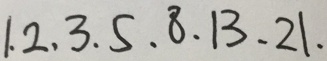
1 . 2 , 3 . 5 . 8 . 1 3 . 2 1 .